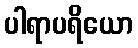
ပါရာပရိယော